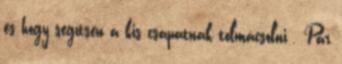
és hogy segítsen a kis csapatnak tolmácsolni . Pár